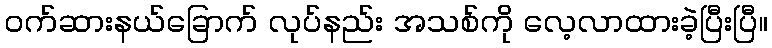
ဝက်ဆားနယ်ခြောက် လုပ်နည်း အသစ်ကို လေ့လာထားခဲ့ပြီးပြီ။